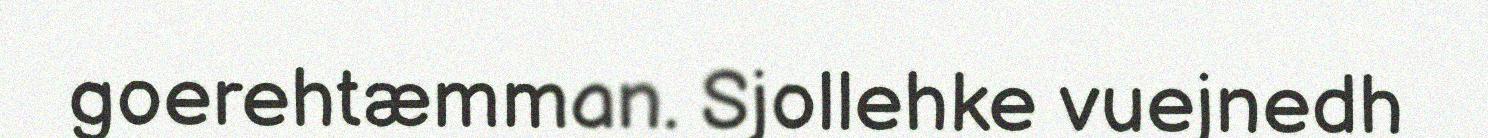
goerehtæmman. Sjollehke vuejnedh